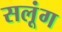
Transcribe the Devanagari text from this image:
सलूंग